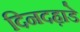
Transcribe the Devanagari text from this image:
दिनदह़ाडे